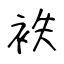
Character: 袟